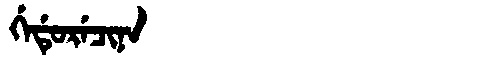
Manchu: ᡤᡝᡩᡠᡵᡝᠴᡳᠨᠠ
Romanization: GEDURECINA